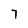
Character: 7